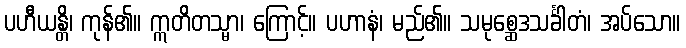
ပဟီယန္တိ၊ ကုန်၏။ ဣတိတသ္မာ၊ ကြောင့်။ ပဟာနံ၊ မည်၏။ သမုစ္ဆေဒသင်္ခါတံ၊ အပ်သော။